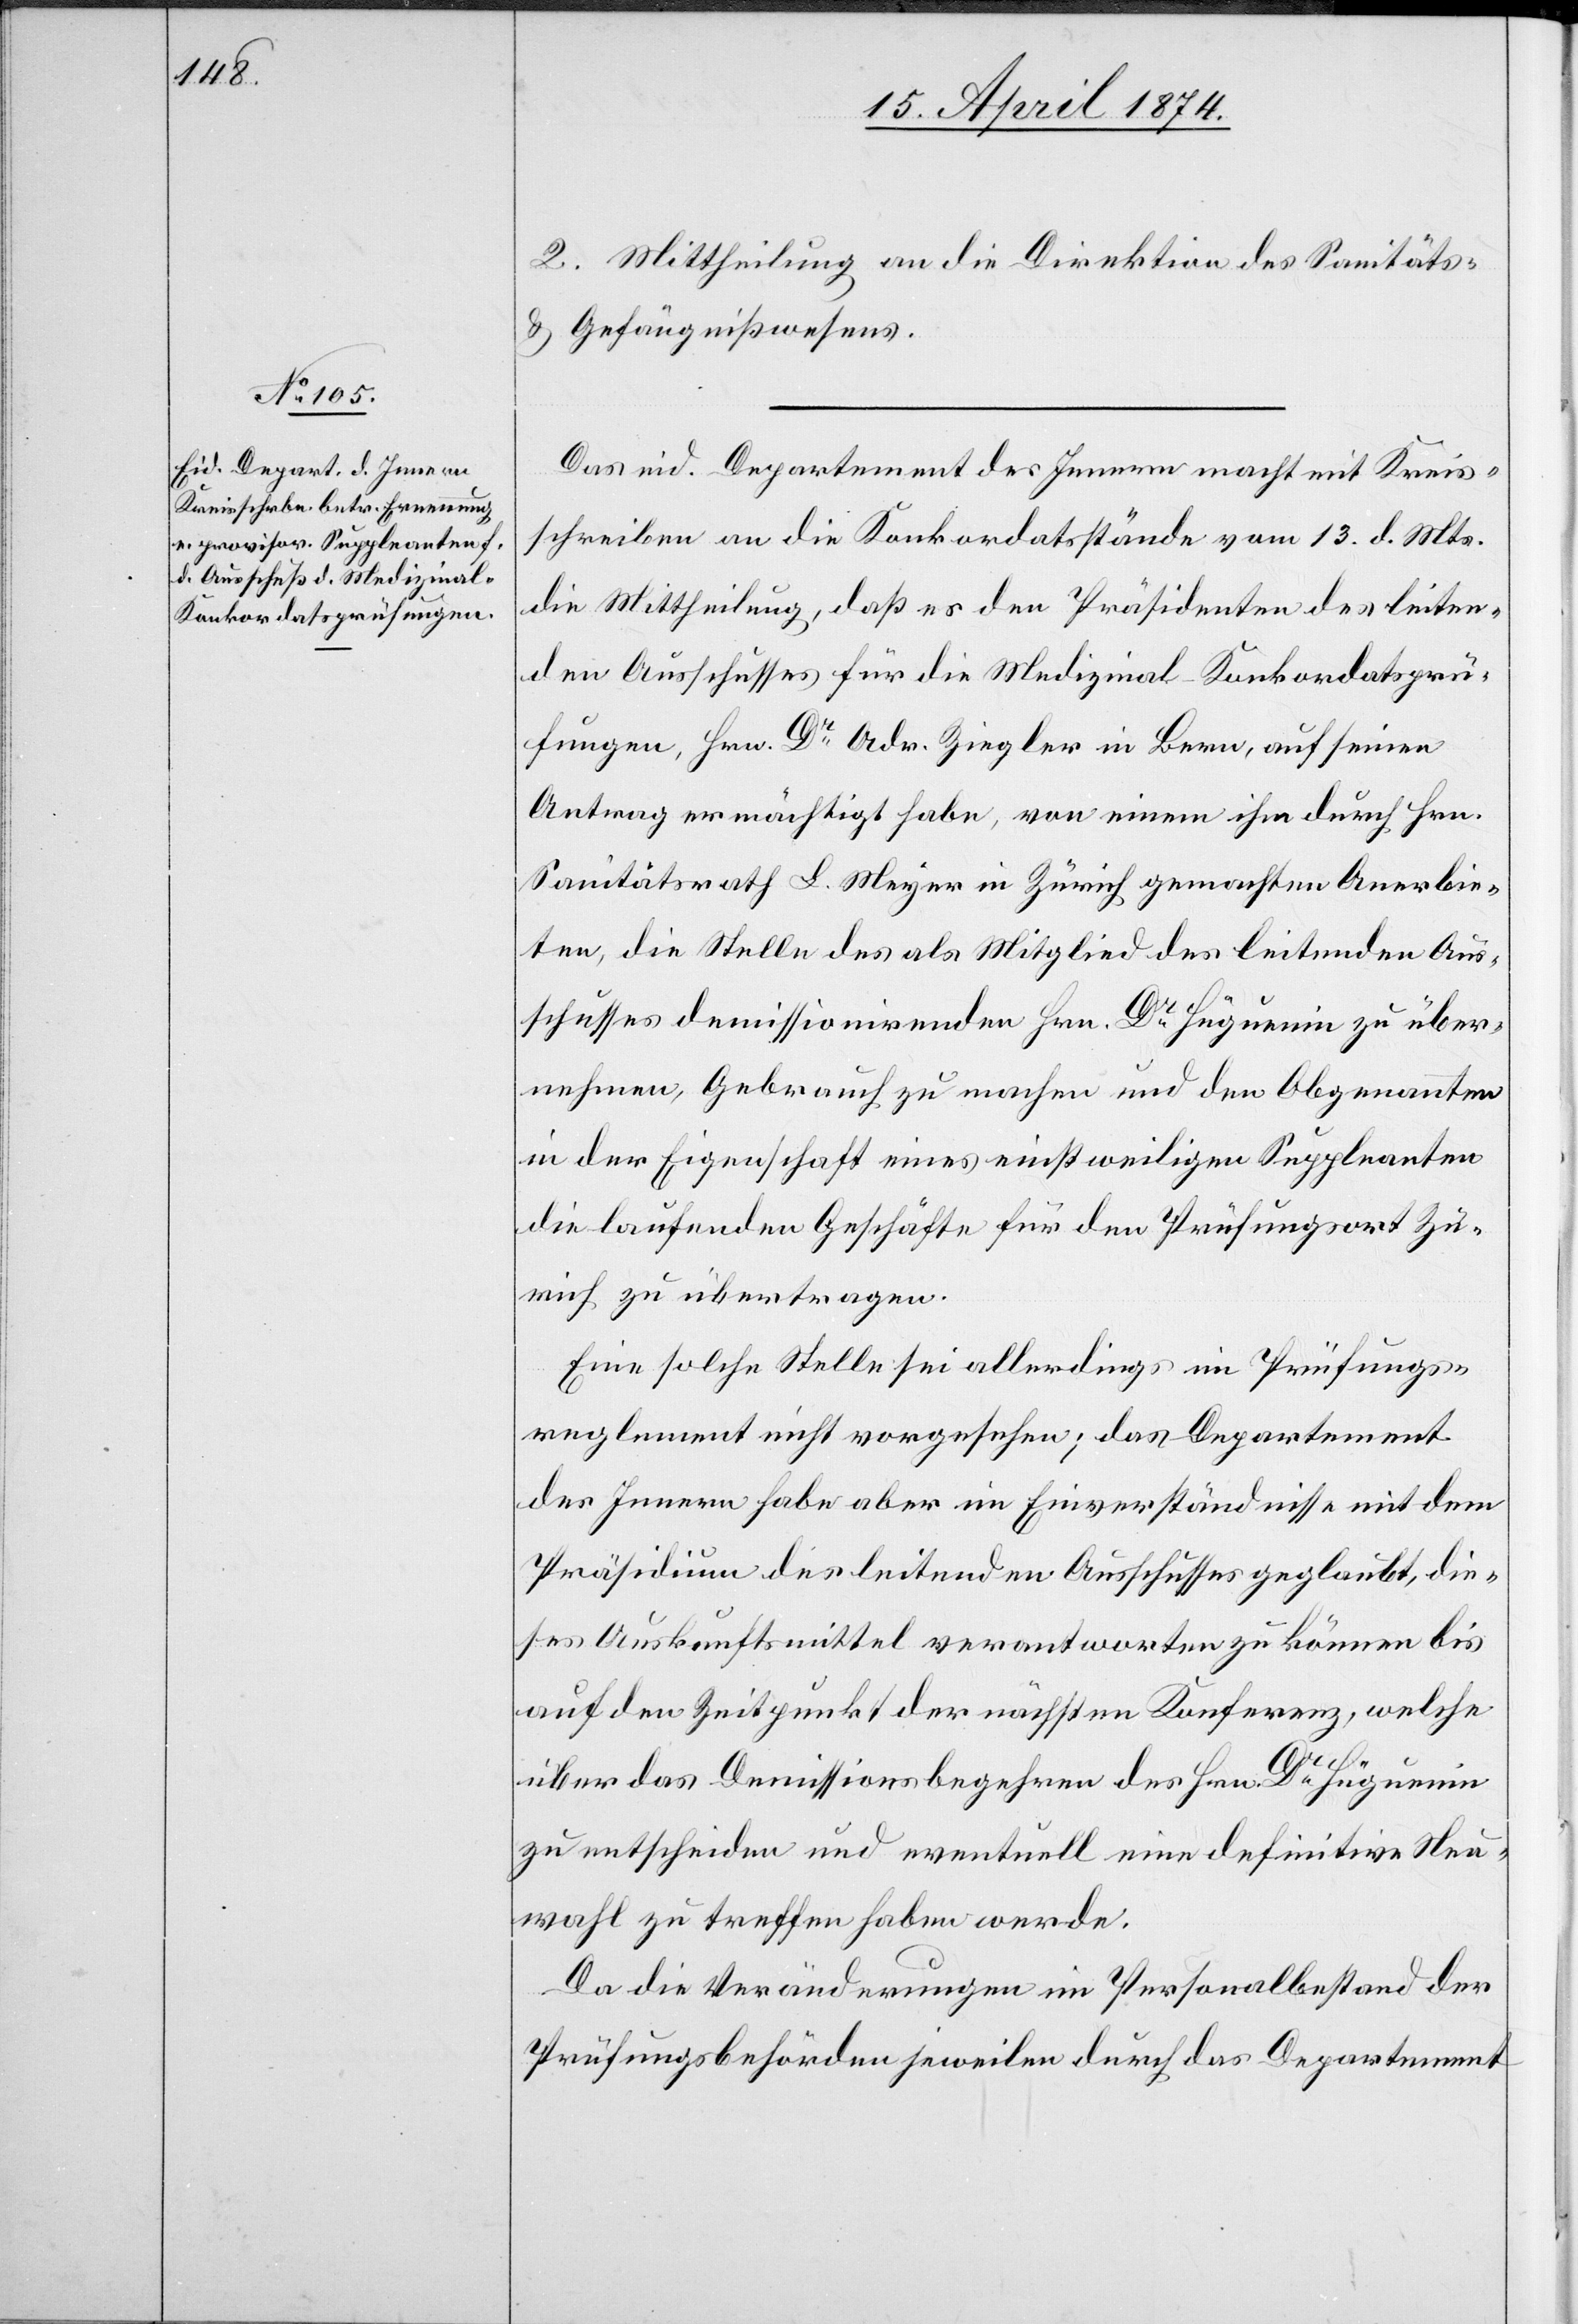
15. April 1874.]
2. Mittheilung an die Direktion des Sanitäts-
u. Gefängnißwesens.
Das eid. Departement des Innern macht mit Kreis¬
schreiben an die Konkordatsstände vom 13. d. Mts.
die Mittheilung, daß es den Präsidenten des leiten¬
den Ausschusses für die Medizinal-Konkordatsprü¬
fungen, Hrn. Dr Adr. Ziegler in Bern, auf seinen
Antrag ermächtigt habe, von einem ihn durch Hrn.
Sanitätsrath L. Meyer in Zürich gemachten Anerbie¬
ten, die Stelle des als Mitglied des leitenden Aus¬
schusses demissionirenden Hrn. Dr Huguenin zu über¬
nehmen, Gebrauch zu machen und den Obgenannten
in der Eigenschaft eines einstweiligen Suppleanten
die laufenden Geschäfte für den Prüfungsort Zü¬
rich zu übertragen.
Eine solche Stelle sei allerdings im Prüfungs¬
reglement nicht vorgesehen; das Departement
des Innern habe aber im Einverständnisse mit dem
Präsidium des leitenden Ausschusses geglaubt, die¬
ses Auskunftsmittel verantworten zu können bis
auf den Zeitpunkt der nächsten Konferenz, welche
über das Demissionsbegehren des Hrn. Dr Huguenin
zu entscheiden und eventuell eine definitive Neu¬
wahl zu treffen haben werde.
Da die Veränderungen im Personalbestand der
Prüfungsbehörden jeweilen durch das Departement